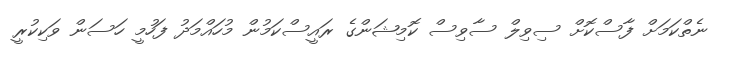
ނެތްކަމަށް ފާސްކޮށް ސިވިލް ސާވިސް ކޮމިޝަންގެ ރައީސްކަމުން މުހައްމަދު ފަހުމީ ހަސަން ވަކިކުރީ